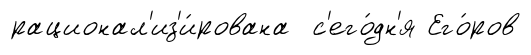
рационал'из'и́рована с'его́дн'я Его́ров